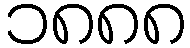
၁၈၈၈